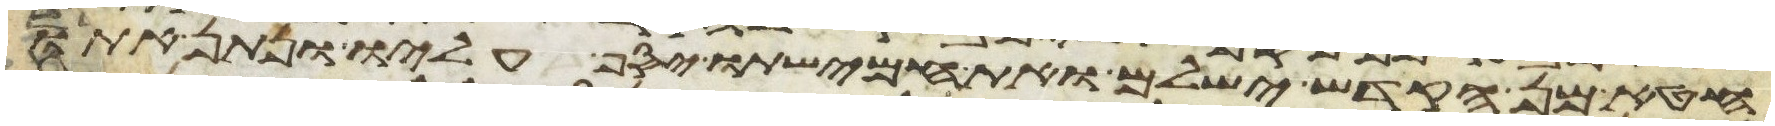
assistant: חטא מן הקדש ישלם ואת חמישתו יסף עליו ונתן אתו